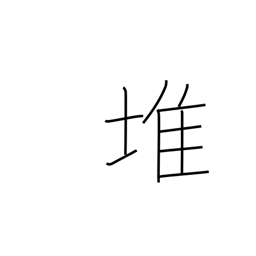
Meaning: piled high